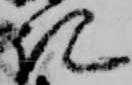
記